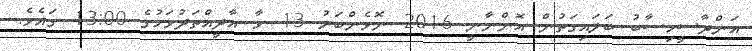
އަންދާސީހިސާބު ބަލައިގަތުން އޮންނާނީ 2016 ނޮވެންބަރު 13 ވާ އާދީއްތަދުވަހުގެ 13:00 ގައެވެ.